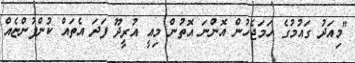
"މިއަދު ގައުމުގެ ހަމަޖެހުން އޮންނަ އޮތުން މިއީ އުރީދޫ ފަދަ އެތައް ކުންފުންޏެއް